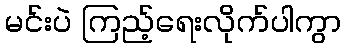
မင်းပဲ ကြည့်ရေးလိုက်ပါကွာ